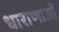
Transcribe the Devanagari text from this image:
धाराणाओं